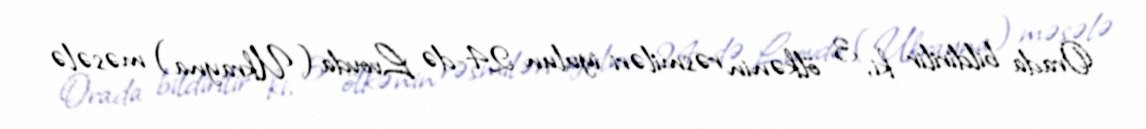
Orada bildirilir ki, 3 ölkənin rəsmiləri iyulun 24-də Lvovda (Ukrayna) məsələ